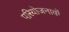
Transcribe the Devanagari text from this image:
परियोजनावों